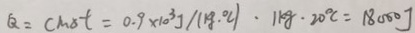
Q = c m o t = 0 . 9 \times 1 0 ^ { 3 } J / ( k g \cdot ^ { \circ } C ) \cdot 1 k g \cdot 2 0 ^ { \circ } C = 1 8 0 0 0 J